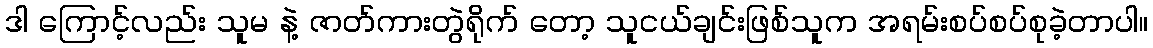
ဒါ ကြောင့်လည်း သူမ နဲ့ ဇာတ်ကားတွဲရိုက် တော့ သူငယ်ချင်းဖြစ်သူက အရမ်းစပ်စပ်စုခဲ့တာပါ။